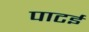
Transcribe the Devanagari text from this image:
पाटई